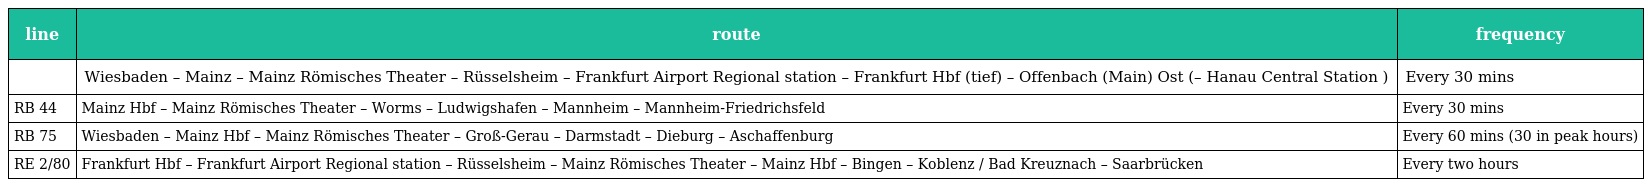
| line | route | frequency |
 | --- | --- | --- |
 |  | Wiesbaden – Mainz – Mainz Römisches Theater – Rüsselsheim – Frankfurt Airport Regional station – Frankfurt Hbf (tief) – Offenbach (Main) Ost (– Hanau Central Station ) | Every 30 mins |
 | RB 44 | Mainz Hbf – Mainz Römisches Theater – Worms – Ludwigshafen – Mannheim – Mannheim-Friedrichsfeld | Every 30 mins |
 | RB 75 | Wiesbaden – Mainz Hbf – Mainz Römisches Theater – Groß-Gerau – Darmstadt – Dieburg – Aschaffenburg | Every 60 mins (30 in peak hours) |
 | RE 2/80 | Frankfurt Hbf – Frankfurt Airport Regional station – Rüsselsheim – Mainz Römisches Theater – Mainz Hbf – Bingen – Koblenz / Bad Kreuznach – Saarbrücken | Every two hours |